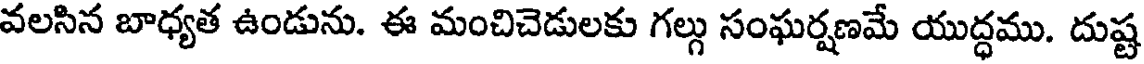
వలసిన బాధ్యత ఉండును. ఈ మంచిచెడులకు గల్గు సంఘర్షణమే యుద్ధము. దుష్ట